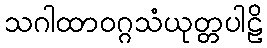
သဂါထာဝဂ္ဂသံယုတ္တပါဠိ